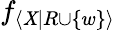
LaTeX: f_{\langle\mathit{X}|R\cup\{ w\} \rangle}